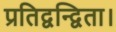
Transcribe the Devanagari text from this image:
प्रतिद्वन्द्विता।